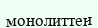
монолиттен